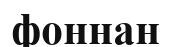
фоннан